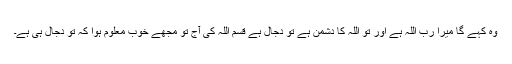
وہ کہے گا میرا رب اللہ ہے اور تو اللہ کا دشمن ہے تو دجال ہے قسم اللہ کی آج تو مجھے خوب معلوم ہوا کہ تو دجال ہی ہے۔